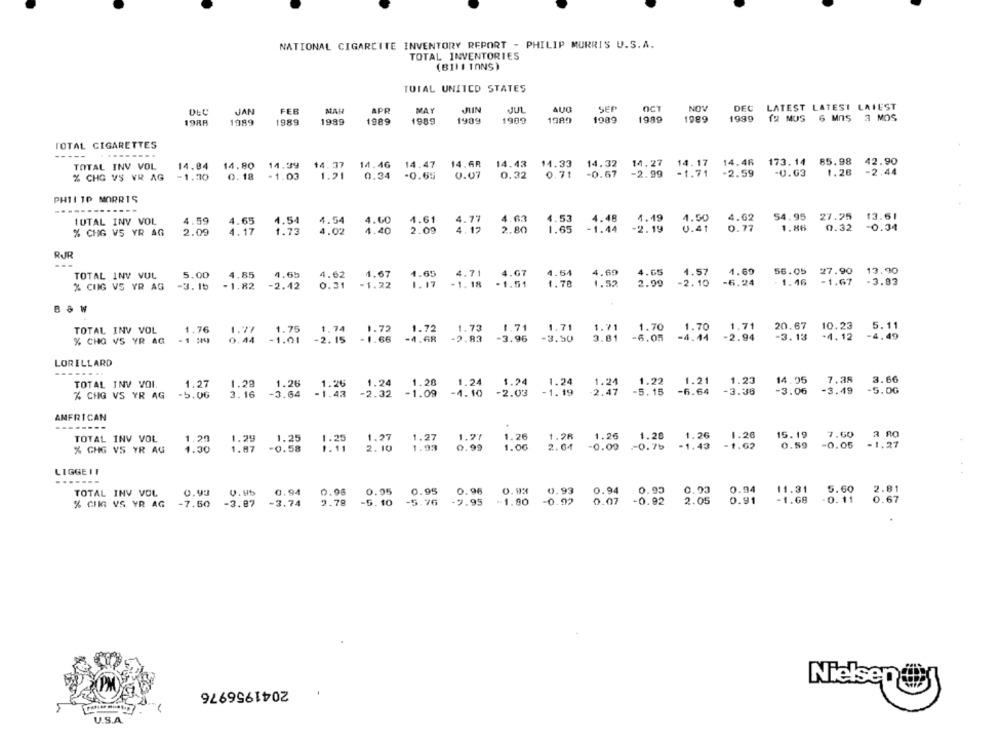
NATIONAL CIGARCITE INVENTORY REPORT - PHILIP MORRIS U.S.A.
TOTAL INVENTORIES
(BILLIONS)
TOTAL UNITED STATES
JAN
FEB
APR
MAY
HIN
JUL
AUO
SEP
OCT
NOV
DEC LATEST LATEST LAIEST
1989
1989
1989
1989
1999
12 MUS 6 MOS 3 MOS
1988
1989
1989
1989
1989
1989
1909
1909
TOTAL CIGARETTES
14.84 14.80 14.39 14.37
14.33
173. 14 85.98
42.90
TOTAL INV VOL
14.47
14.68
14.43
14.32
14.27
14-17
14.46
% CHG VS VR AG
-1.30
0.18 -1.03
1.21
0.34
-0.65
0.07
0.32
0.77
-2.99
2.59
-U.63
1.28
-2.44
PHILIP MORRIS
54.95 27.25 13.61
IUTAL INV VOL
4.59
4.65
4.54
4.54
4.60
4.61
4.63
4.48
1.19
4.62
2.09
4.17
1.73
4.02
4.40
2.09
2.80
1.65
-2.19
0:41
0.77
1.86
0.32
-0.34
% CHG VS YR AG
RUR
TOTAL INV VUL
5.00
4.85
4.65
4.62
4.67
1.65
4.71
4.69
4.65
4.57
4.60
56.05
27.90
13.90
-1. 18
-1.51
4.67
4.54
1.78
1.52
2.99
-2.10
-6.24
1.46
-1.67
-3.83
% CIIG VS YR AG
-3. 1b
-1.82
-2.42
0.31
-1.22
1.17
1.71
1.71
1.70
20.67
10.23
TOTAL INV VOL
1.76
1.77
1.75
1.74
1.72
1.72
1.73
1.71
1.70
1.71
5.11
% CHO VS YR AG
-1 20
0.44
-1.01
-2. 15
-1.66
-4.48
-2.83
-3.96
-3.50
3.01
-6.05
-4.44
-2.94
-3.13
-4.12
-4.49
LORILLARD
14.95
7.38
3.66
TOTAL INV VOI.
1.27
1.29
1.26
1.26
1.24
1.28
1.24
1.24
1.24
1.24
1.22
1.21
1.23
-5.06
3. 16
-3.64
-1.43
-2.32
-1.09
-4.10
-2.03
-1.19
2.47
-5.15
-6.64
-3.36
-3.06
-3.49
-5.00
% CHG VS YR AG
ANFRICAN
-----
TOTAL INV VOL
1.29
1.25
1.25
1.27
1.27
1.27
1.26
1.28
1.26
1.28
1.26
1.26
15. 19
7.60
.29
0.99
1.00
2.64
-0.00
=0.75
-1.43
-1.62
0.59
-0.05
-1.27
% GHG VS YR AUG
1.30
1.87
-0.58
1.11
2.10
1.93
LIGGEIT
0.98
0.93
0.93
5.60
TOTAL INV VOL
0.93
0.94
0.95
0.95
0.96
0.94
0.05
0.94
11.31
% CHIG VS YR AG
-7.50
-3.87
-3.74
2.78
-5.10
-5.76
-9.95
-1.90
-0.92
2. 05
0.91
-1.68
-0.11
0.67
2041956976
Nielsen @
U.S.A.